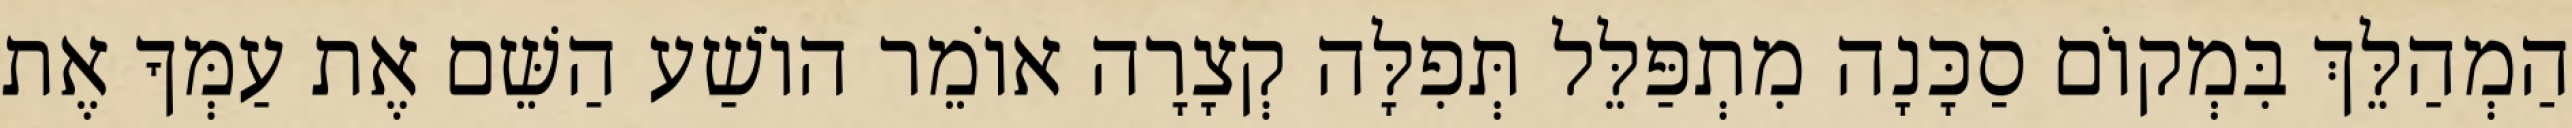
הַמְהַלֵּךְ בִּמְקוֹם סַכָּנָה מִתְפַּלֵּל תְּפִלָּה קְצָרָה אוֹמֵר הוֹשַׁע הַשֵּׁם אֶת עַמְּךָ אֶת